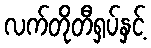
လက်တိုတီရှပ်နှင့်